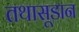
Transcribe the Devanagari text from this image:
तथासूडान